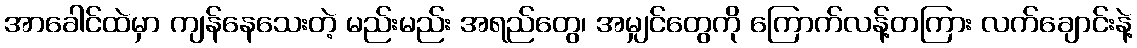
အာခေါင်ထဲမှာ ကျန်နေသေးတဲ့ မည်းမည်း အရည်တွေ၊ အမျှင်တွေကို ကြောက်လန့်တကြား လက်ချောင်းနဲ့